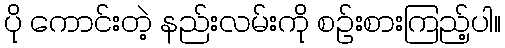
ပို ကောင်းတဲ့ နည်းလမ်းကို စဉ်းစားကြည့်ပါ။